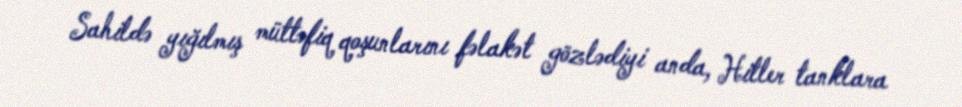
Sahildə yığılmış müttəfiq qoşunlarını fəlakət gözlədiyi anda, Hitler tanklara